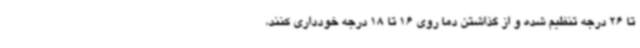
تا 26 درجه تنظیم شده و از گذاشتن دما روی 16 تا 18 درجه خودداری کنند،